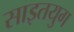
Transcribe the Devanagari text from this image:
साइतयुग